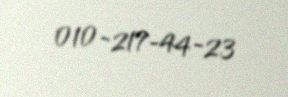
010-217-44-23